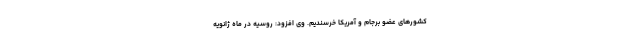
کشورهای عضو برجام و آمریکا خرسندیم. وی افزود: روسیه در ماه ژانویه